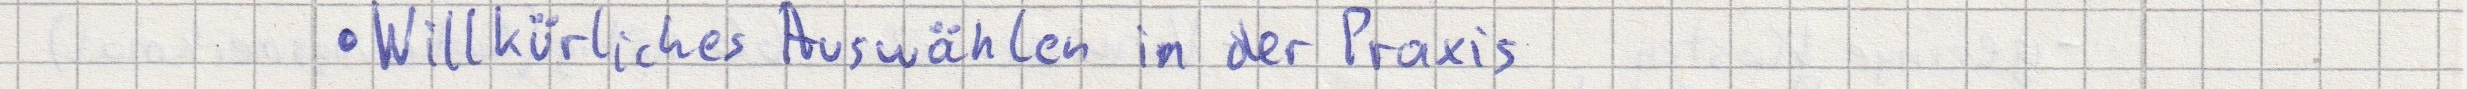
Willkürliches Auswählen in der Praxis